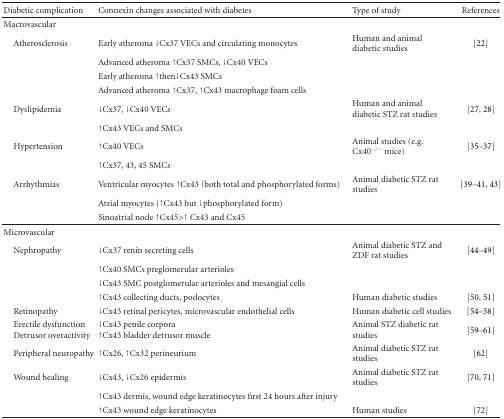
| Diabetic complication | Connexin changes associated with diabetes | Type of study | References |
 | --- | --- | --- | --- |
 | Macrovascular |  |  |  |
 | Atherosclerosis | Early atheroma ↓Cx37 VECs and circulating monocytes | Human and animal diabetic studies | [22] |
 |  | Advanced atheroma ↑Cx37 SMCs, ↓Cx40 VECs |  |  |
 |  | Early atheroma ↑then↓Cx43 SMCs |  |  |
 |  | Advanced atheroma ↑Cx37, ↑Cx43 macrophage foam cells |  |  |
 | Dyslipidemia | ↓Cx37, ↓Cx40 VECs | Human and animal diabetic STZ rat studies | [27, 28] |
 |  | ↑Cx43 VECs and SMCs |  |  |
 | Hypertension | ↑Cx40 VECs | Animal studies (e.g. Cx40−/− mice) | [35–37] |
 |  | ↑Cx37, 43, 45 SMCs |  |  |
 | Arrhythmias | Ventricular myocytes ↑Cx43 (both total and phosphorylated forms) | Animal diabetic STZ rat studies | [39–41, 43] |
 |  | Atrial myocytes (↑Cx43 but ↓phosphorylated form) |  |  |
 |  | Sinoatrial node ↑Cx45>↑Cx43 and Cx45 |  |  |
 | Microvascular |  |  |  |
 | Nephropathy | ↓Cx37 renin secreting cells | Animal diabetic STZ and ZDF rat studies | [44–49] |
 |  | ↑Cx40 SMCs preglomerular arterioles |  |  |
 |  | ↓Cx43 SMC postglomerular arterioles and mesangial cells |  |  |
 |  | ↑Cx43 collecting ducts, podocytes | Human diabetic studies | [50, 51] |
 | Retinopathy | ↓Cx43 retinal pericytes, microvascular endothelial cells | Human diabetic cell studies | [54–58] |
 | Erectile dysfunctionDetrusor overactivity | ↓Cx43 penile corpora↑Cx43 bladder detrusor muscle | Animal STZ diabetic rat studies | [59–61] |
 | Peripheral neuropathy | ↑Cx26, ↑Cx32 perineurium | Animal diabetic STZ rat studies | [62] |
 | Wound healing | ↓Cx43, ↓Cx26 epidermis | Animal diabetic STZ rat studies | [70, 71] |
 |  | ↑Cx43 dermis, wound edge keratinocytes first 24 hours after injury |  |  |
 |  | ↑Cx43 wound edge keratinocytes | Human studies | [72] |